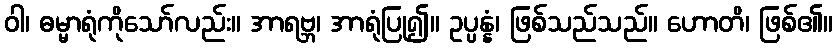
ဝါ၊ ဓမ္မာရုံကိုသော်လည်း။ အာရဗ္ဘ၊ အာရုံပြု၍။ ဥပ္ပန္နံ၊ ဖြစ်သည်သည်။ ဟောတိ၊ ဖြစ်၏။